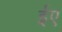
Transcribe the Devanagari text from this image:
ईए